Education (Scotland) Act, 1918, 1918
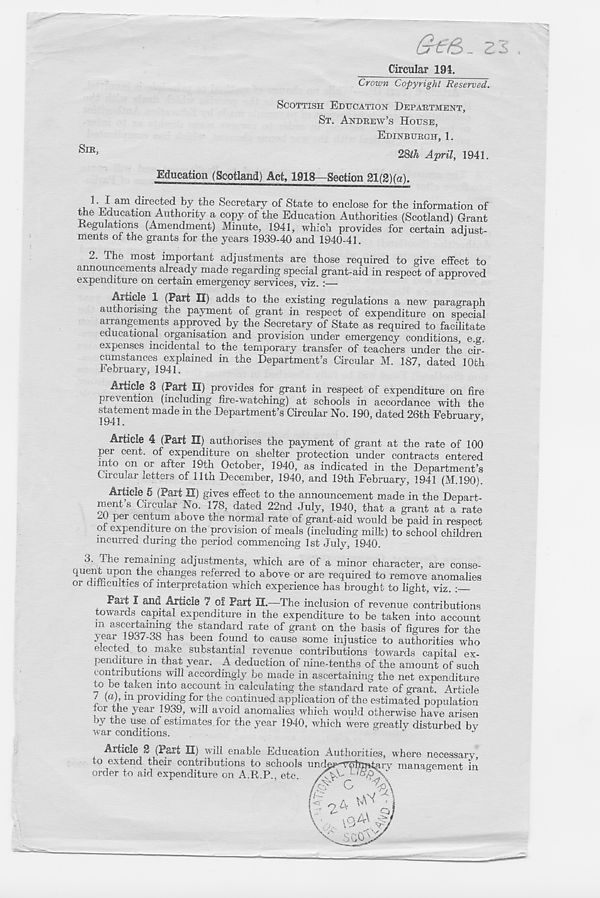
SIR,
Circular 191.
Crown Copyright Reserved.
SCOTTISH EDUCATION DEPARTMENT,
ST. ANDREW’S HOUSE,
EDINBURGH, 1.
2&ih April, 1941.
Education (Scotland) Act, 1918—Section 21(2)(a).
1- I am directed by the Secretary of State to enclose for the information of
tne Education Authority a copy of the Education Authorities (Scotland) Grant
Regulations (Amendment) Minute, 1941, which provides for certain adiust-
ments of the grants for the years 1939-40 and 1940-41.
2. The most important adjustments are those required to give effect to
announcements already made regarding special grant-aid in respect of approved
expenditure on certain emergency services, viz. :—
Article 1 (Part II) adds to the existing regulations a new paragraph
authorising the payment of grant in respect of expenditure on special
arrangements approved by the Secretary of State as required to facilitate
educational organisation and provision under emergency conditions, e.w.
expenses incidental to the temporary transfer of teachers under the cir-
cumstances explained in the Department’s Circular M. 187, dated 10th
February, 1941.
Article 3 (Part II) provides for grant in respect of expenditure on fire
prevention (including fire-watching) at schools in accordance with the
statement made in the Department’s Circular No. 190, dated 26th February,
ArtiCie 4 (Part II) authorises the payment of grant at the rate of 100
per cent, of expenditure on shelter protection under contracts entered
into on or after 19th October, 1940, as indicated in the Department’s
Circular letters of 11th December, 1940, and 19th February, 1941 (M.190).
Article 5 (Part II) gives effect to the announcement made in the Depart-
ment s Circular No. 178, dated 22nd July, 1940, that a grant at a rate
P er ce ntum above the normal rate of grant-aid would be paid in respect
of expenditure on the provision of meals (including milk) to school children
incurred during the period commencing 1st July, 1940.
3. The remaining adjustments, which are of a minor character, are conse-
quent upon the changes referred to above or are required to remove anomalies
or difficulties of interpretation which experience has brought to light, viz. :
Part I and Article 7 of Part II.—The inclusion of revenue contributions
towards capital expenditure in the expenditure to be taken into account
m ascertaining the standard rate of grant on the basis of figures for the
year 1937-38 has been found to cause some injustice to authorities who
ejected to make substantial revenue contributions towards capital ex-
penditure in that year. A deduction of nine-tenths of the amount of such
contributions will accordingly be made in ascertaining the net expenditure
to be taken into account in calculating the standard rate of grant. Article
7 (a), in providing for the continued application of the estimated population
or the year 19o9, will avoid anomalies which would otherwise have arisen
o) tne use of estimates for the year 1940, which were greatly disturbed bv
war conditions.
Article 2 (Part II) will enable Education Authorities, where necessary,
to extend their contributions to schools und^r”V<[)] f ip%kary management in
order to aid expenditure on A.R.P., etc.